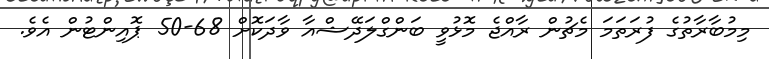
މިމުބާރާތުގެ ފުރަތަމަ މެޗުން ރާއްޖެ މޮޅުވީ ބަންގްލަދޭޝްއާ ވާދަކޮށް 68-50 ޕޮޮއިންޓުން އެވެ.